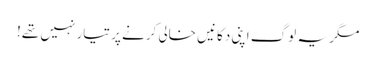
مگر یہ لوگ اپنی دکانیں خالی کرنے پر تیار نہیں تھے!